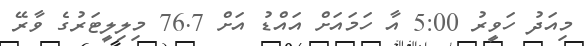
މިއަދު ހަވީރު 5:00 އާ ހަމައަށް އައްޑު އަށް 76.7 މިލިލީޓަރުގެ ވާރޭ